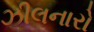
ઝીલનારો